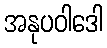
အနုပဝါဒေါ